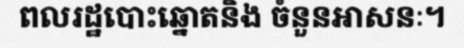
ពលរដ្ឋបោះឆ្នោតនិង ចំនួនអាសនៈ។